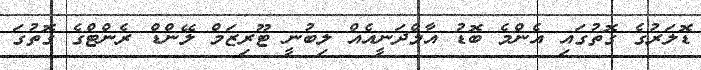
ޑޮލަރުގެ ގޮތުގައި އެންމެ ބޮޑު އާމްދަނީއެއް ލިބުނީ ޓޫރިޒަމް ލޭންޑް ރެންޓްގެ ގޮތުގަ